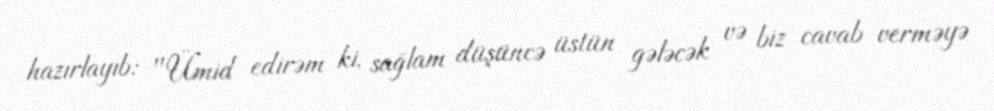
hazırlayıb: "Ümid edirəm ki, sağlam düşüncə üstün gələcək və biz cavab verməyə